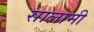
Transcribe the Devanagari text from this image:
सालामी